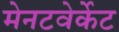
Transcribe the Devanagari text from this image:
मेनटवेर्केट